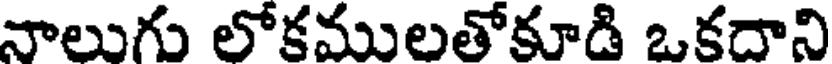
నాలుగు లోకములతోకూడి ఒకదాని